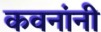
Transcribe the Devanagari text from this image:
कवनांनी